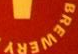
BREWERY